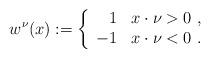
LaTeX: \begin{align*}w^{\nu}(x):=\left\{\begin{array}[c]{ll}\phantom{-}1 & x\cdot\nu>0~,\\-1 & x\cdot\nu<0~.\end{array}\right. \end{align*}